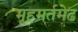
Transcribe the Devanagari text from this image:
मूहमर्तमेढ